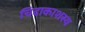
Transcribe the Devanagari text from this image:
चिदाकाशस्य